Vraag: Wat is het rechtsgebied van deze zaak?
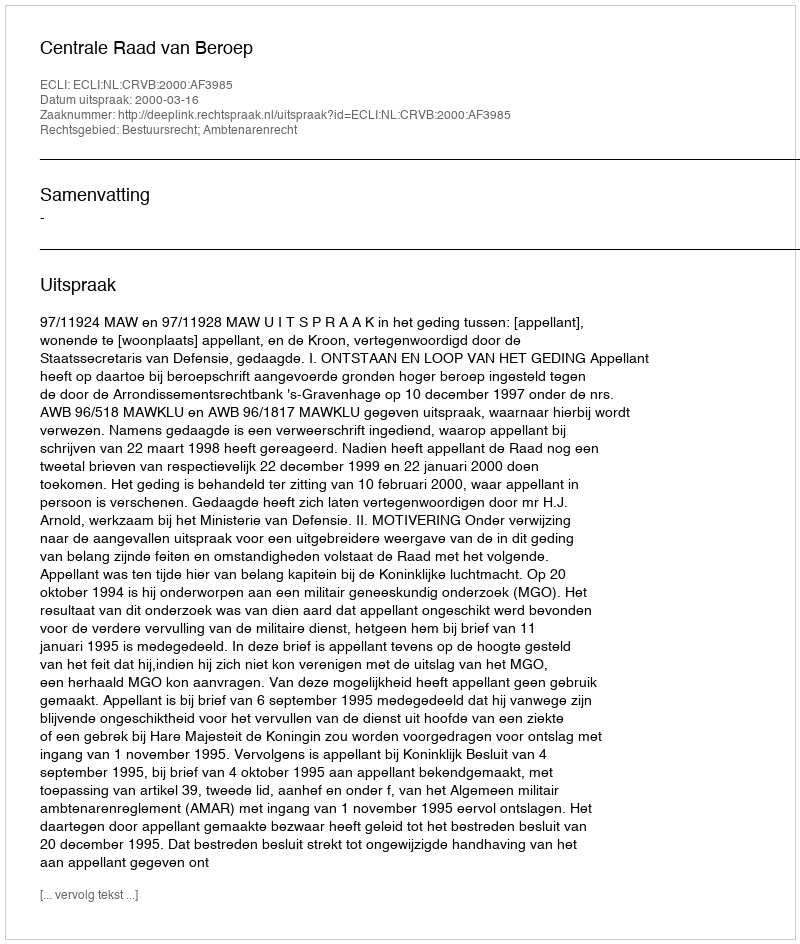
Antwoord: Bestuursrecht; Ambtenarenrecht